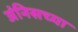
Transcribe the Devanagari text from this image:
अंनिसच्या